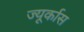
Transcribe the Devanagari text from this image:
ज्यूर्कास